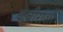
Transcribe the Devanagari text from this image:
कबीरांशी